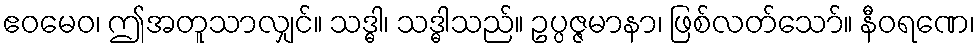
ဧဝမေဝ၊ ဤအတူသာလျှင်။ သဒ္ဓါ၊ သဒ္ဓါသည်။ ဥပ္ပဇ္ဇမာနာ၊ ဖြစ်လတ်သော်။ နီဝရဏေ၊